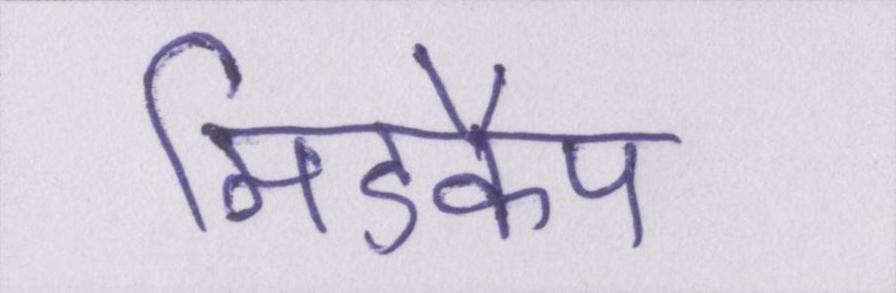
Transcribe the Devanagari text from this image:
मिडकैप